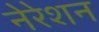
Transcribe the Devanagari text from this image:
नेरेशन